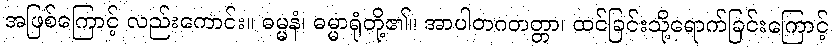
အဖြစ်ကြောင့် လည်းကောင်း။ ဓမ္မနံ၊ ဓမ္မာရုံတို့၏။ အာပါတဂတတ္တာ၊ ထင်ခြင်းသို့ရောက်ခြင်းကြောင့်